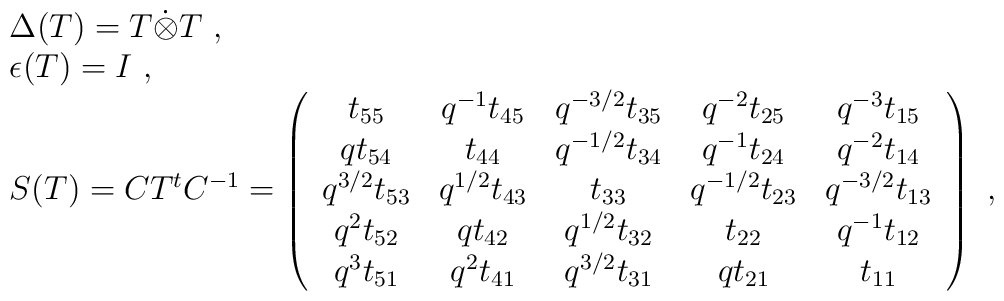
\begin{array}{l}\Delta(T)=T\dot{\otimes} T~,\\\epsilon(T)=I~,\\S(T)=CT^tC^{-1}=\left(\begin{array}{ccccc}                      t_{55}&q^{-1}t_{45}&q^{-3/2}t_{35}&q^{-2}t_{25}&q^{-3}t_{15}\\                      qt_{54}&t_{44}&q^{-1/2}t_{34}&q^{-1}t_{24}&q^{-2}t_{14}\\                      q^{3/2}t_{53}&q^{1/2}t_{43}&t_{33}&q^{-1/2}t_{23}&q^{-3/2}t_{13}\\                      q^2t_{52}&qt_{42}&q^{1/2}t_{32}&t_{22}&q^{-1}t_{12}\\                      q^3t_{51}&q^{2}t_{41}&q^{3/2}t_{31}&qt_{21}&t_{11}                      \end{array}\right)~,\end{array}